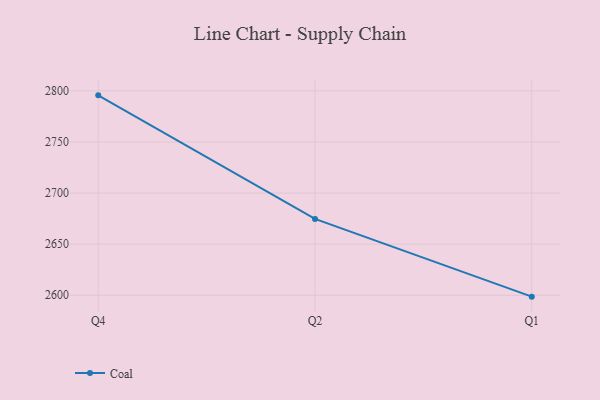
{"axis": {"x": "Quarter", "y": "Humidity (%)"}, "legend": ["Coal"], "data": [{"x": "Q4", "y": 2795.6, "type": "Coal"}, {"x": "Q2", "y": 2674.7, "type": "Coal"}, {"x": "Q1", "y": 2598.6, "type": "Coal"}]}